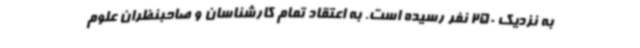
به نزدیک 250 نفر رسیده است. به اعتقاد تمام کارشناسان و صاحبنظران علوم